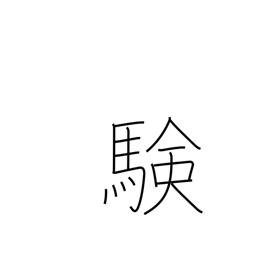
Meaning: verification